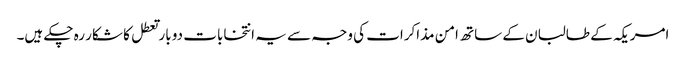
امریکہ کے طالبان کے ساتھ امن مذاکرات کی وجہ سے یہ انتخابات دو بار تعطل کا شکار رہ چکے ہیں۔